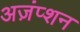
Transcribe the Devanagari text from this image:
अज़ंप्शन